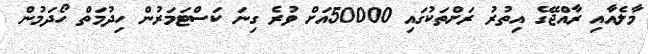
މާލެއާއި ރާއްޖޭގެ އިތުރު ރަށްތަކުގައި 50000އަށް ވުރެ ގިނަ ކަސްޓަމަރުން ހިދުމަތް ހޯދަމުން